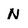
Character: N